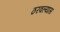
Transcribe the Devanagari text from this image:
ठरवल्यास